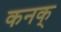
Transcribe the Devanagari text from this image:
कनक्